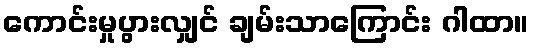
ကောင်းမှုပွားလျှင် ချမ်းသာကြောင်း ဂါထာ။